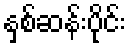
နှစ်ဆန်းပိုင်း